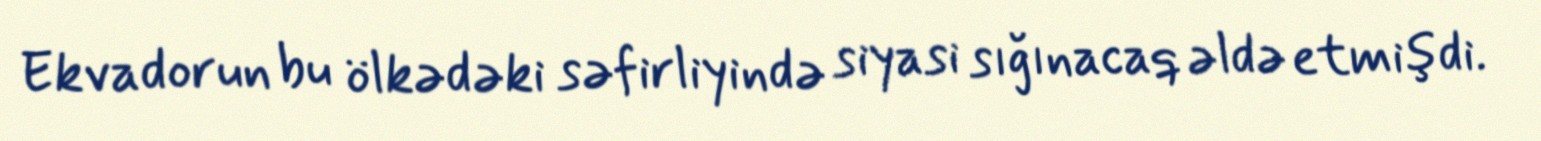
Ekvadorun bu ölkədəki səfirliyində siyasi sığınacaq əldə etmişdi.